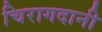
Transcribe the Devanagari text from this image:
चिरागदानी